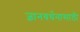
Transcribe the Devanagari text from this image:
ज्ञानवर्धनासाठी